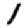
Digit: 1